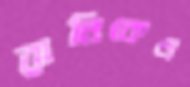
রানিকেও